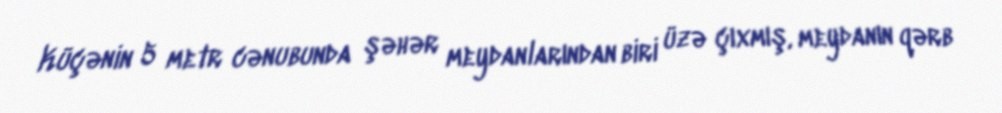
Küçənin 5 metr cənubunda şəhər meydanlarından biri üzə çıxmış, meydanın qərb